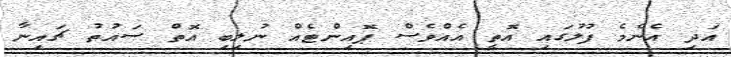
އަދި އެންމެ ފުލުގައި އޮތީ އެއްވެސް ޕޮއިންޓެއް ނުލިބި އޮތް ސައުތު ޗައިނާ